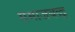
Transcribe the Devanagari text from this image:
समाजबद्ध